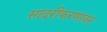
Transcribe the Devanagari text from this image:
सादरीकरणावर